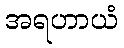
အရဟာယံ